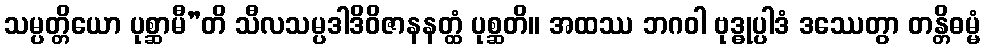
သမ္ပတ္တိယော ပုစ္ဆာမီ”တိ သီလသမ္ပဒါဒိဝိဇာနနတ္ထံ ပုစ္ဆတိ။ အထဿ ဘဂဝါ ဗုဒ္ဓုပ္ပါဒံ ဒဿေတွာ တန္တိဓမ္မံ